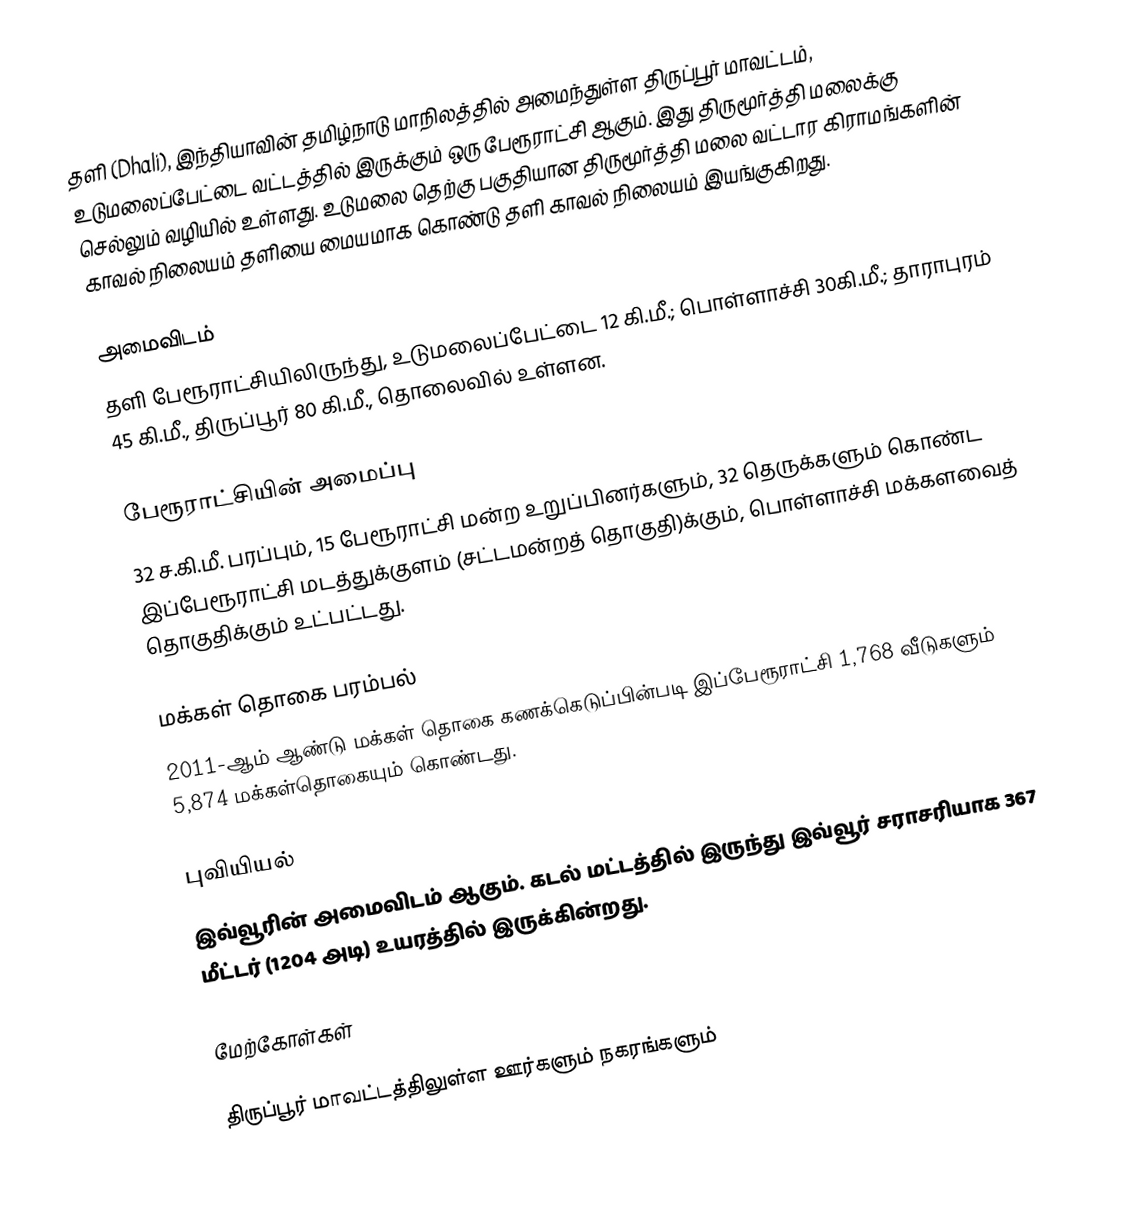
தளி (Dhali), இந்தியாவின் தமிழ்நாடு மாநிலத்தில் அமைந்துள்ள திருப்பூர் மாவட்டம், உடுமலைப்பேட்டை வட்டத்தில் இருக்கும் ஒரு பேரூராட்சி ஆகும். இது திருமூர்த்தி மலைக்கு செல்லும் வழியில் உள்ளது. உடுமலை தெற்கு பகுதியான திருமூர்த்தி மலை வட்டார கிராமங்களின் காவல் நிலையம் தளியை மையமாக கொண்டு தளி காவல் நிலையம் இயங்குகிறது.

அமைவிடம்
தளி பேரூராட்சியிலிருந்து, உடுமலைப்பேட்டை 12 கி.மீ.; பொள்ளாச்சி 30கி.மீ.; தாராபுரம் 45 கி.மீ., திருப்பூர் 80 கி.மீ., தொலைவில் உள்ளன.

பேரூராட்சியின் அமைப்பு
32 ச.கி.மீ. பரப்பும், 15 பேரூராட்சி மன்ற உறுப்பினர்களும், 32 தெருக்களும் கொண்ட இப்பேரூராட்சி மடத்துக்குளம் (சட்டமன்றத் தொகுதி)க்கும், பொள்ளாச்சி மக்களவைத் தொகுதிக்கும் உட்பட்டது.

மக்கள் தொகை பரம்பல்
2011-ஆம் ஆண்டு மக்கள் தொகை கணக்கெடுப்பின்படி இப்பேரூராட்சி 1,768  வீடுகளும் 5,874 மக்கள்தொகையும் கொண்டது.

புவியியல்
இவ்வூரின் அமைவிடம்  ஆகும். கடல் மட்டத்தில் இருந்து இவ்வூர் சராசரியாக 367 மீட்டர் (1204 அடி) உயரத்தில் இருக்கின்றது.

மேற்கோள்கள்

திருப்பூர் மாவட்டத்திலுள்ள ஊர்களும் நகரங்களும்